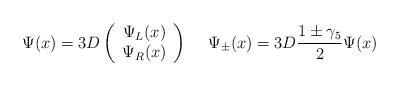
LaTeX: \begin{align*}\Psi (x)=3D\left( \begin{array}{c} \Psi_L (x) \\ \Psi_R (x) \end{array} \right) \hspace{.5cm} \Psi_{\pm} (x)=3D\frac{1\pm \gamma_5}{2}\Psi (x)\end{align*}